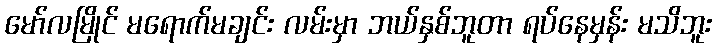
မော်လမြိုင် မရောက်မချင်း လမ်းမှာ ဘယ်နှစ်ဘူတာ ရပ်နေမှန်း မသိဘူး